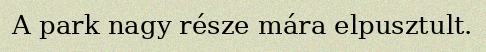
A park nagy része mára elpusztult.